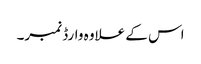
اس کے علاوہ وارڈ نمبر۔